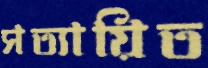
সত্যায়িত